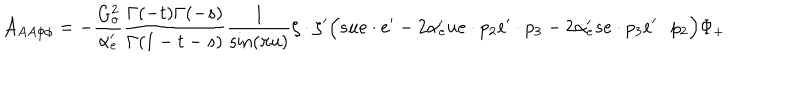
{ \cal A } _ { A A \phi \phi } = - \frac { G _ { o } ^ { 2 } } { \alpha _ { e } ^ { \prime } } \frac { \Gamma ( - t ) \Gamma ( - s ) } { \Gamma ( 1 - t - s ) } \frac { 1 } { \sin ( \pi u ) } \zeta \cdot \zeta ^ { \prime } \Big ( s u e \cdot e ^ { \prime } - 2 \alpha _ { e } ^ { \prime } u e \cdot p _ { 2 } e ^ { \prime } \cdot p _ { 3 } - 2 \alpha _ { e } ^ { \prime } s e \cdot p _ { 3 } e ^ { \prime } \cdot p _ { 2 } \Big ) \Phi _ { + }